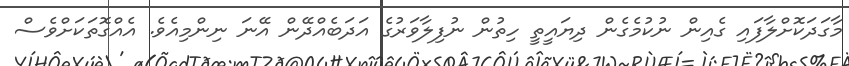
މާގަދަކޮށްލާފައި ގެއިން ނުކުމެގެން ދިޔައީތީ ހިތުން ނުފިލާވަރުގެ އަދަބެއްދޭން އޭނަ ނިންމިއެވެ. އެއްގޮތަކަށްވެސް